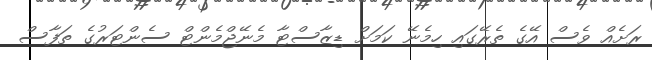
ރަށެއް ވެސް އޭގެ ތެރޭގައި ހިމެނޭ ކަމަށް ޑިޒާސްޓާ މެނޭޖްމެންޓް ސެންޓަރުގެ ތަފާސް